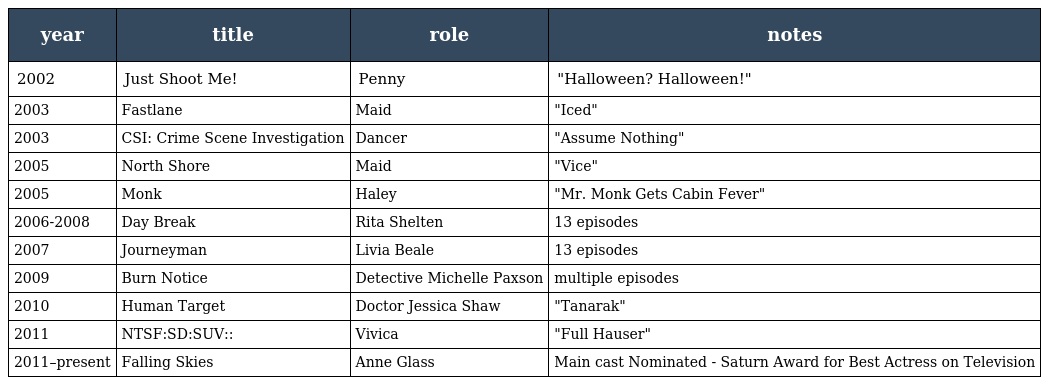
| year | title | role | notes |
 | --- | --- | --- | --- |
 | 2002 | Just Shoot Me! | Penny | "Halloween? Halloween!" |
 | 2003 | Fastlane | Maid | "Iced" |
 | 2003 | CSI: Crime Scene Investigation | Dancer | "Assume Nothing" |
 | 2005 | North Shore | Maid | "Vice" |
 | 2005 | Monk | Haley | "Mr. Monk Gets Cabin Fever" |
 | 2006-2008 | Day Break | Rita Shelten | 13 episodes |
 | 2007 | Journeyman | Livia Beale | 13 episodes |
 | 2009 | Burn Notice | Detective Michelle Paxson | multiple episodes |
 | 2010 | Human Target | Doctor Jessica Shaw | "Tanarak" |
 | 2011 | NTSF:SD:SUV:: | Vivica | "Full Hauser" |
 | 2011–present | Falling Skies | Anne Glass | Main cast Nominated - Saturn Award for Best Actress on Television |